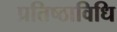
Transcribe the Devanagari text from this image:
प्रतिष्ठाविधि